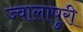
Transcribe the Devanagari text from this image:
ज्वालापुरी